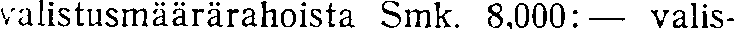
valistusmäärärahoista Smk. 8,000:— valis-